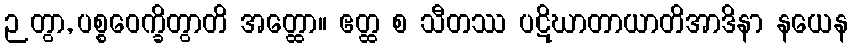
ဉတွာ, ပစ္စဝေက္ခိတွာတိ အတ္ထော။ ဧတ္ထ စ သီတဿ ပဋိဃာတာယာတိအာဒိနာ နယေန